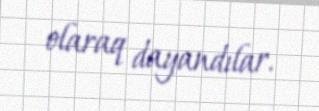
olaraq dayandılar.